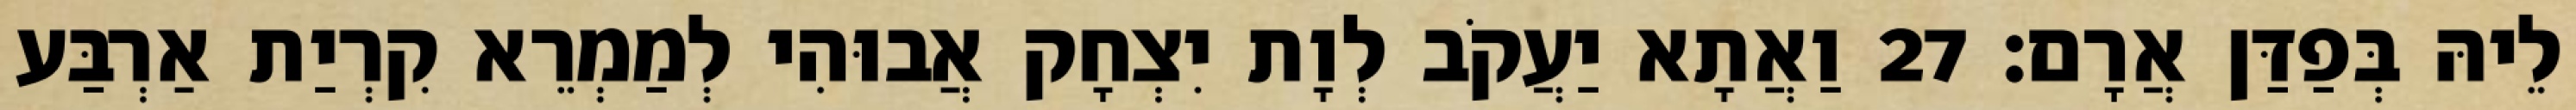
לֵיהּ בְּפַדַּן אֲרָם׃ 27 וַאֲתָא יַעֲקֹב לְוָת יִצְחָק אֲבוּהִי לְמַמְרֵא קִרְיַת אַרְבַּע